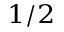
_ { 1 / 2 }